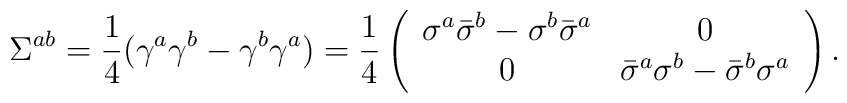
\Sigma^{ab}= \frac{1}{4} (\gamma^a \gamma^b - \gamma^b \gamma ^a)=\frac{1}{4}\left( \begin{array}{cc}\sigma^a \bar\sigma^b - \sigma^b \bar\sigma^a & 0  \\0&\bar\sigma^a \sigma^b - \bar\sigma^b \sigma^a\end{array} \right).